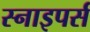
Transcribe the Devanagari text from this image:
स्नाइपर्स